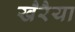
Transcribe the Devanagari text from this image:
खैरैया